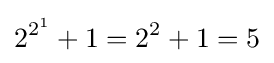
2^{2^{1}}+1=2^{2}+1=5